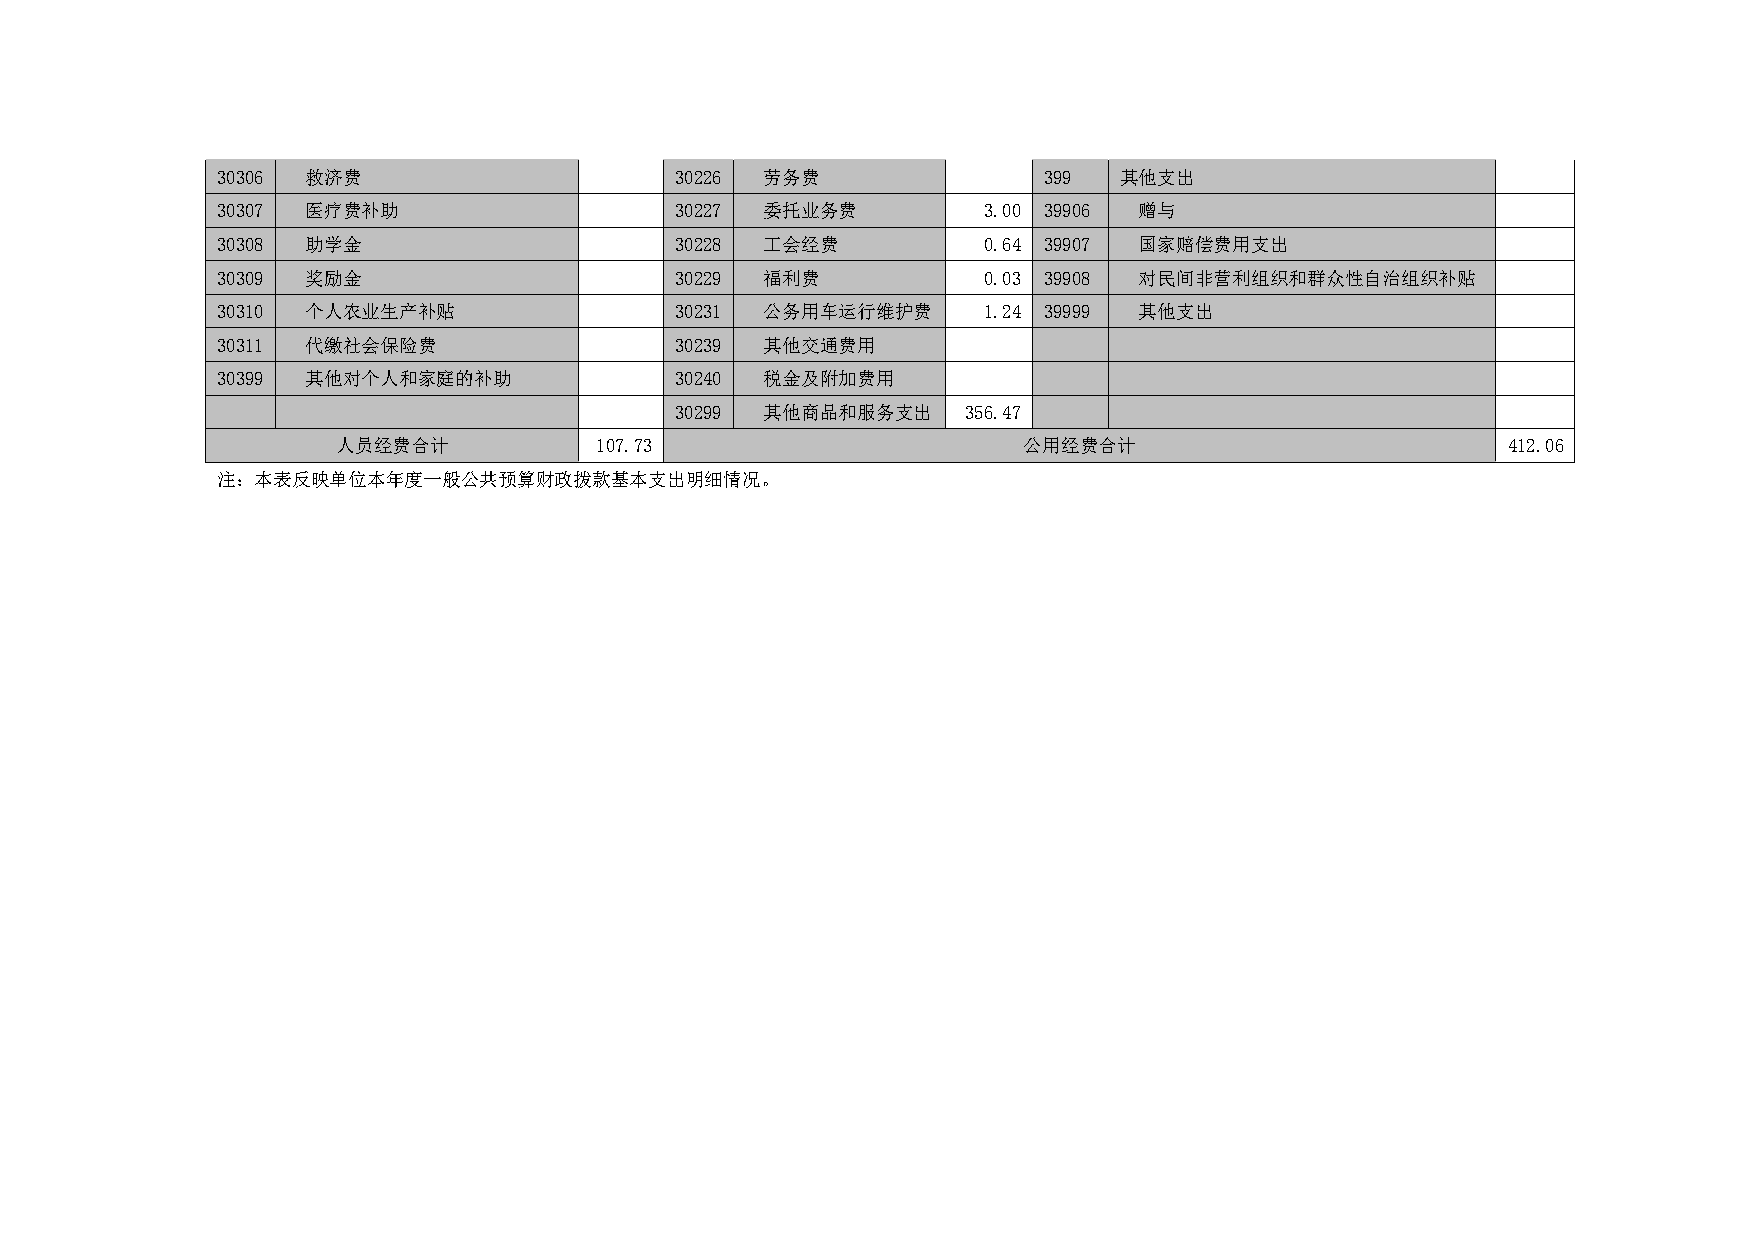
30306 救济费                      30226 劳务费               399  其他支出
 30307 医疗费补助                    30227 委托业务费         3.00 39906 赠与
 30308 助学金                      30228 工会经费          0.64 39907 国家赔偿费用支出
 30309 奖励金                      30229 福利费           0.03 39908 对民间非营利组织和群众性自治组织补贴
 30310 个人农业生产补贴                 30231 公务用车运行维护费     1.24 39999 其他支出
 30311 代缴社会保险费                  30239 其他交通费用
 30399 其他对个人和家庭的补助              30240 税金及附加费用
 30299 其他商品和服务支出    356.47
 人员经费合计           107.73                       公用经费合计                          412.06
 注：本表反映单位本年度一般公共预算财政拨款基本支出明细情况。